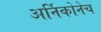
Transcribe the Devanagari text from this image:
अर्निकोनेच